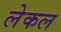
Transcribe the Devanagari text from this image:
लेकल